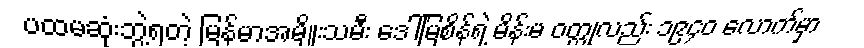
ပထမဆုံးဘွဲ့ရတဲ့ မြန်မာအမျိုးသမီး ဒေါ်မြစိန်ရဲ့ မိန်းမ ဝတ္ထုလည်း ၁၉၄၀ လောက်မှာ